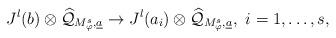
LaTeX: \begin{gather*}J^{l}(b)\otimes\widehat{\mathcal{Q}}_{M^{s}_{\varphi},\underline{a}}\rightarrow J^{l}(a_{i})\otimes\widehat{\mathcal{Q}}_{M^{s}_{\varphi},\underline{a}},\,\,i=1,\dots,s,\end{gather*}